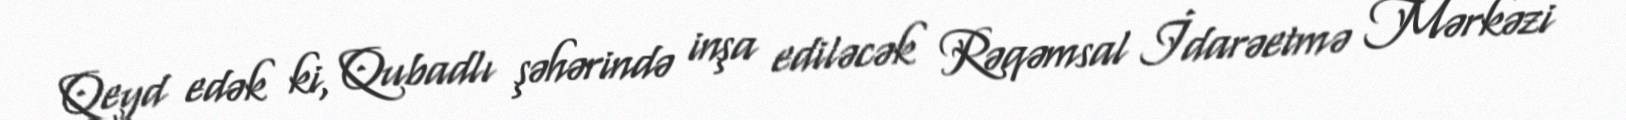
Qeyd edək ki, Qubadlı şəhərində inşa ediləcək Rəqəmsal İdarəetmə Mərkəzi